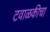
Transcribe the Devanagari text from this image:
टवाळकीचा